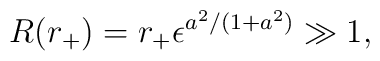
R(r_+) = r_+\epsilon^{a^2/(1+a^2)} \gg 1,